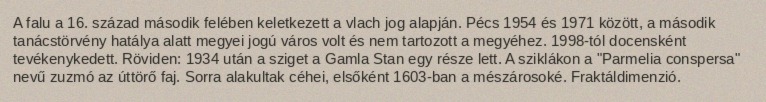
A falu a 16. század második felében keletkezett a vlach jog alapján. Pécs 1954 és 1971 között, a második tanácstörvény hatálya alatt megyei jogú város volt és nem tartozott a megyéhez. 1998-tól docensként tevékenykedett. Röviden: 1934 után a sziget a Gamla Stan egy része lett. A sziklákon a "Parmelia conspersa" nevű zuzmó az úttörő faj. Sorra alakultak céhei, elsőként 1603-ban a mészárosoké. Fraktáldimenzió.